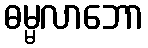
ဓမ္မလာဘော